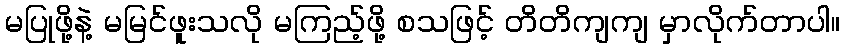
မပြုဖို့နဲ့ မမြင်ဖူးသလို မကြည့်ဖို့ စသဖြင့် တိတိကျကျ မှာလိုက်တာပါ။